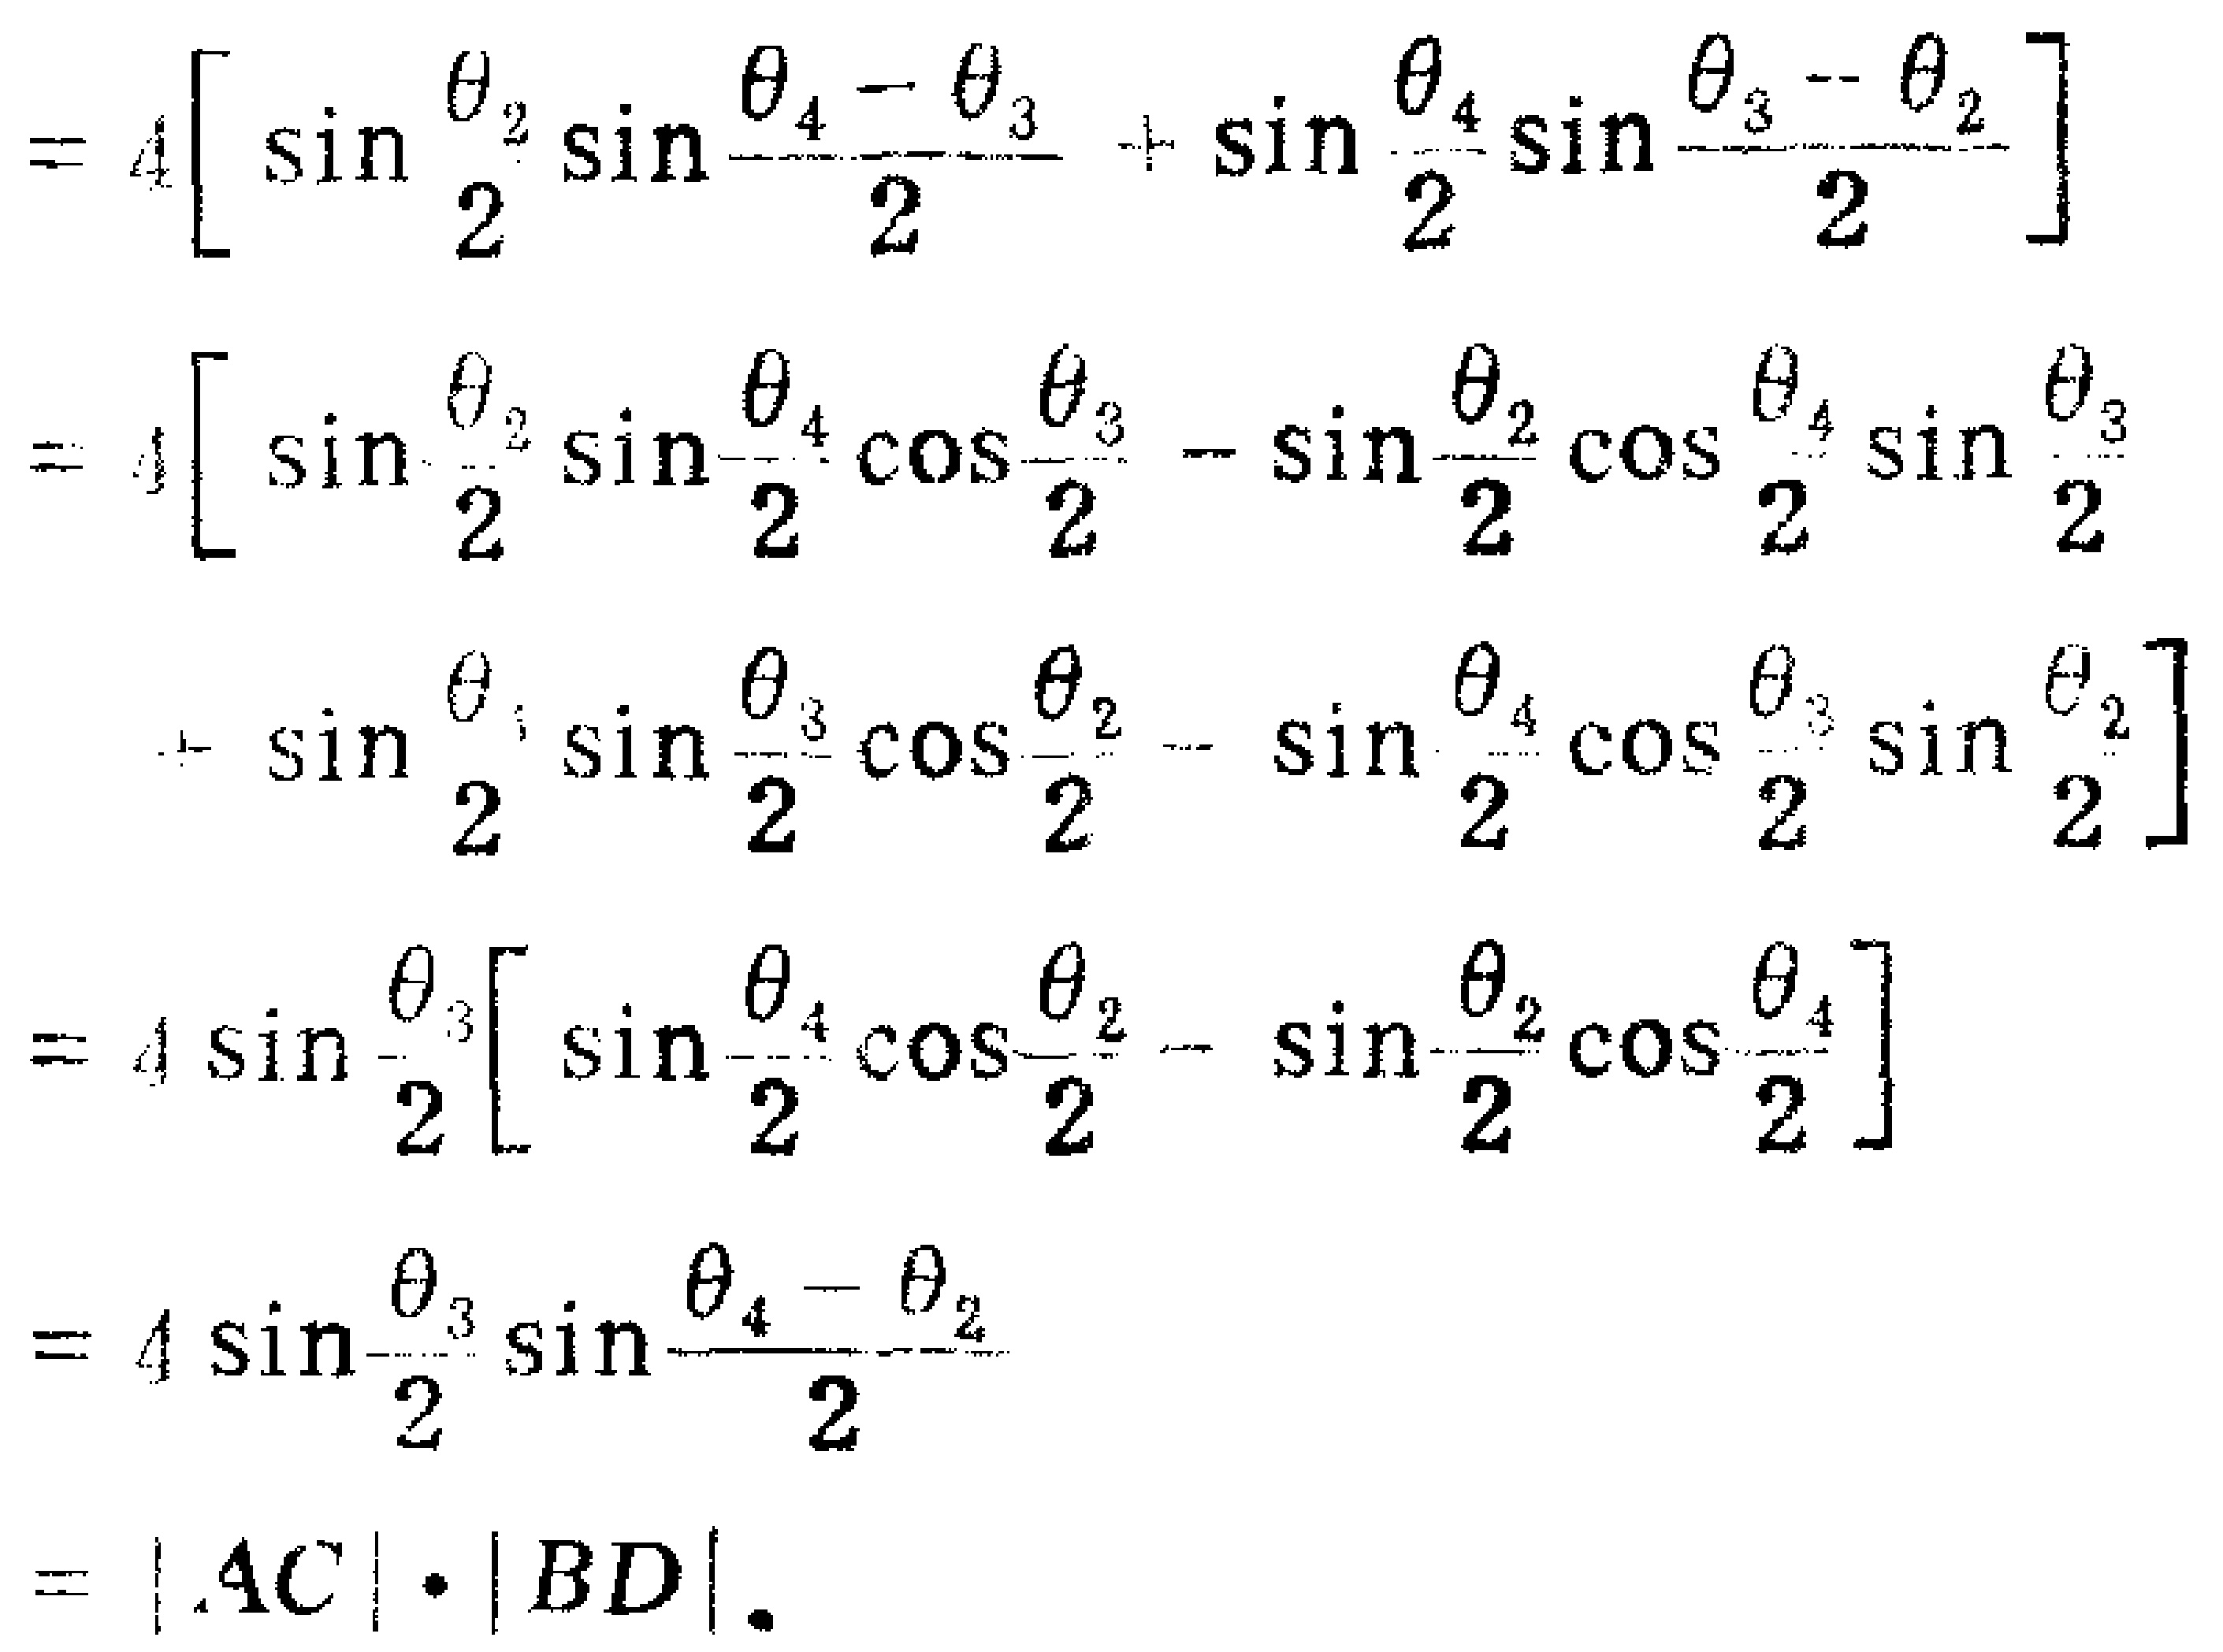
\begin{align*}
&= 4\left[\sin\frac{\theta_{2}}{2}\sin\frac{\theta_{4}-\theta_{3}}{2}+\sin\frac{\theta_{4}}{2}\sin\frac{\theta_{3}-\theta_{2}}{2}\right]\\
&= 4\left[\sin\frac{\theta_{2}}{2}\sin\frac{\theta_{4}}{2}\cos\frac{\theta_{3}}{2}-\sin\frac{\theta_{2}}{2}\cos\frac{\theta_{4}}{2}\sin\frac{\theta_{3}}{2}\right.\\
&\quad\left.+\sin\frac{\theta_{4}}{2}\sin\frac{\theta_{3}}{2}\cos\frac{\theta_{2}}{2}-\sin\frac{\theta_{4}}{2}\cos\frac{\theta_{3}}{2}\sin\frac{\theta_{2}}{2}\right]\\
&= 4\sin\frac{\theta_{3}}{2}\left[\sin\frac{\theta_{4}}{2}\cos\frac{\theta_{2}}{2}-\sin\frac{\theta_{2}}{2}\cos\frac{\theta_{4}}{2}\right]\\
&= 4\sin\frac{\theta_{3}}{2}\sin\frac{\theta_{4}-\theta_{2}}{2}\\
&= |AC|\cdot|BD|.
\end{align*}